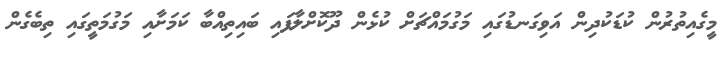
މީގެއިތުރުން ކުޑަކުދިން އަވިގަނޑުގައި މަގުމައްޗަށް ކުޅެން ދޫކޮށްލާފައި ބައިތިއްބާ ކަމަށާއި މަގުމަތީގައި ތިބެގެން